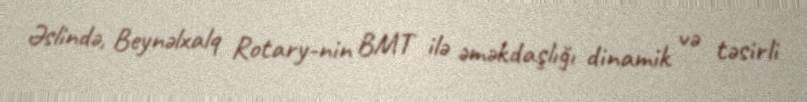
Əslində, Beynəlxalq Rotary-nin BMT ilə əməkdaşlığı dinamik və təsirli